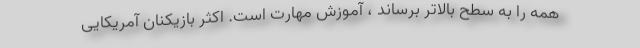
همه را به سطح بالاتر برساند ، آموزش مهارت است. اکثر بازیکنان آمریکایی